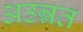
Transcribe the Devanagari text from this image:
अउन्नत